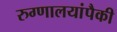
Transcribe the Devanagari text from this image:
रुग्णालयांपैकी